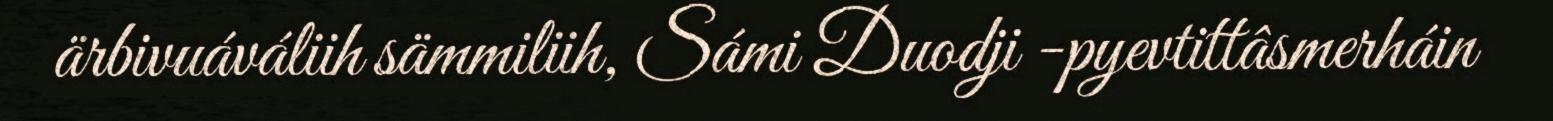
ärbivuáváliih sämmiliih, Sámi Duodji -pyevtittâsmerháin